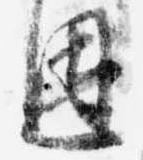
恩